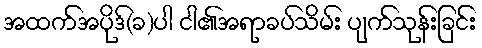
အထက်အပိုဒ်(ခ)ပါ ငါ၏အရာခပ်သိမ်း ပျက်သုန်းခြင်း